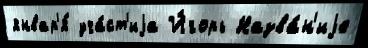
январ'я́ уча́ст'иjа И́горь Назва́н'иjе